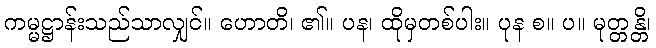
ကမ္မဋ္ဌာန်းသည်သာလျှင်။ ဟောတိ၊ ၏။ ပန၊ ထိုမှတစ်ပါး။ ပုန စ။ ပ။ မုတ္တန္တိ၊